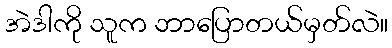
အဲဒါကို သူက ဘာပြောတယ်မှတ်လဲ။